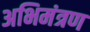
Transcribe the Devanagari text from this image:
अभिमंत्रण